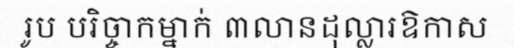
រូប បរិច្ចាកម្នាក់ ៣លានដុល្លារឱកាស